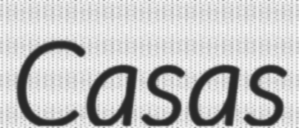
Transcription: Casas